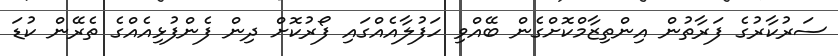
ސަރުކާރުގެ ފަރާތުން އިންތިޒާމްކޮށްގެން ބޭއްވި ހަފުލާއެއްގައި ފޯރުކޮށް ދިން ފެންފުޅިއެއްގެ ތެރޭން ކުޑަ